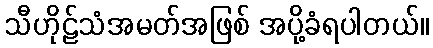
သီဟိုဠ်သံအမတ်အဖြစ် အပို့ခံရပါတယ်။